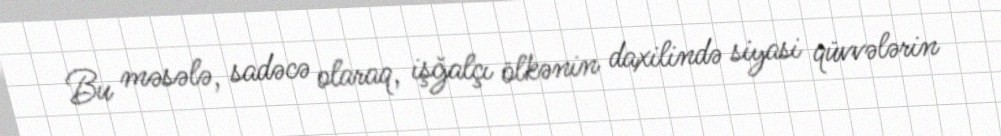
Bu məsələ, sadəcə olaraq, işğalçı ölkənin daxilində siyasi qüvvələrin